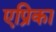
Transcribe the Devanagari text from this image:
एप्रिका